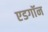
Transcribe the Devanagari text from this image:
एडगॉन